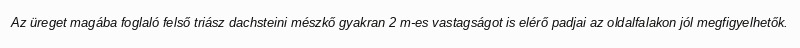
Az üreget magába foglaló felső triász dachsteini mészkő gyakran 2 m-es vastagságot is elérő padjai az oldalfalakon jól megfigyelhetők.